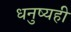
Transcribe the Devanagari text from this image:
धनुष्यही